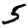
Digit: 5